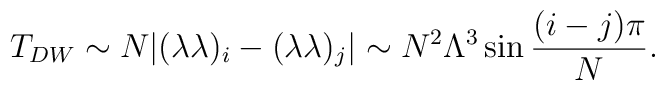
T_{DW}\sim N|(\lambda\lambda)_i-(\lambda\lambda)_j|\sim N^2\Lambda^3 \sin{{(i-j)\pi \over N}}.